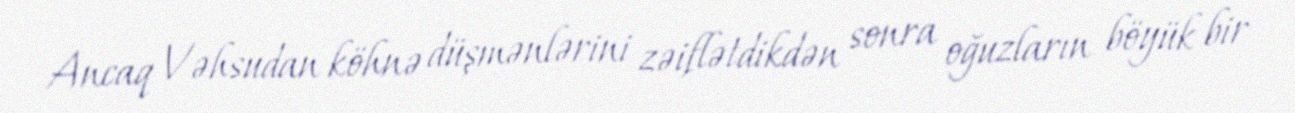
Ancaq Vəhsudan köhnə düşmənlərini zəiflətdikdən sonra oğuzların böyük bir